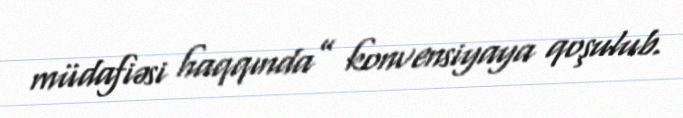
müdafiəsi haqqında” konvensiyaya qoşulub.